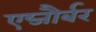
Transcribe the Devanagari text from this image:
एब्जौर्बर